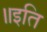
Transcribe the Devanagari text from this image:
॥इति